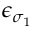
\epsilon _ { \sigma _ { 1 } }